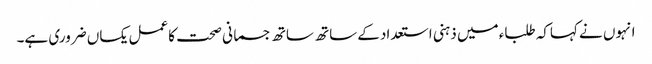
انہوں نے کہاکہ طلباء میں ذہنی استعدادکے ساتھ ساتھ جسمانی صحت کاعمل یکساں ضروری ہے۔